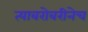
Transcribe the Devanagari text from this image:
त्याबरोबरीनेच